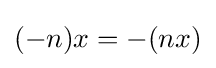
(-n)x=-(nx)